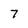
Character: 7